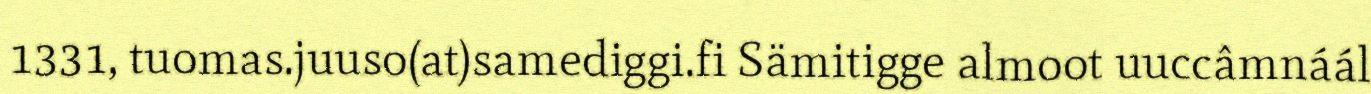
1331, tuomas.juuso(at)samediggi.fi Sämitigge almoot uuccâmnáál